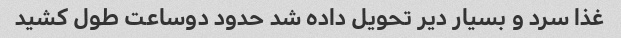
غذا سرد و بسیار دیر تحویل داده شد حدود دوساعت طول کشید